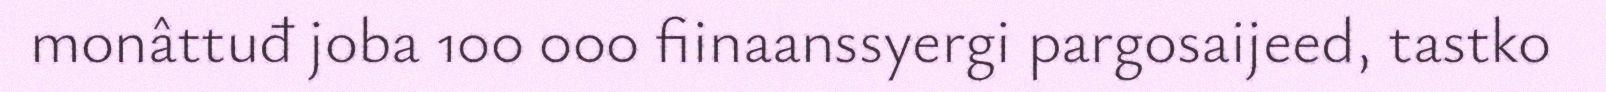
monâttuđ joba 100 000 fiinaanssyergi pargosaijeed, tastko